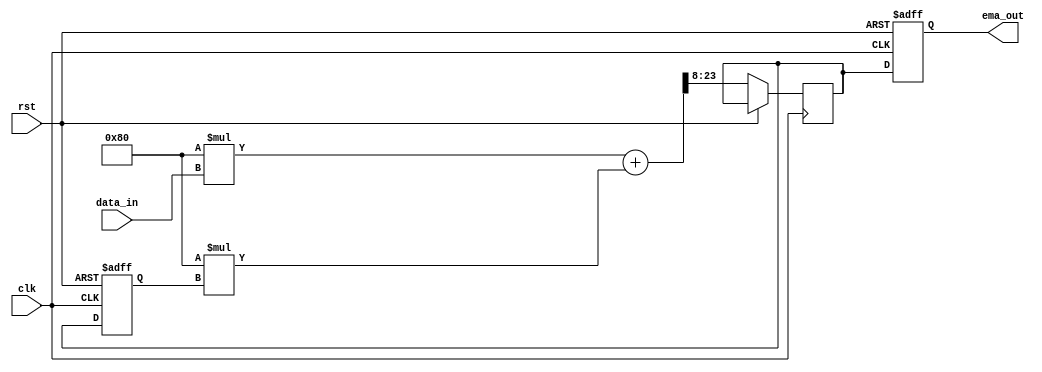
module EMA_accumulator (
  input wire clk,
  input wire rst,
  input wire [15:0] data_in,
  output reg [15:0] ema_out
);

parameter SMTH_FACTOR = 8'd128; // Smoothing factor for EMA calculation
reg [15:0] ema_temp, ema_next;

always @(posedge clk or posedge rst) begin
  if (rst) begin
    ema_temp <= 16'b0;
    ema_out <= 16'b0;
  end else begin
    ema_next <= (SMTH_FACTOR * data_in + (256 - SMTH_FACTOR) * ema_temp) >> 8;
    ema_temp <= ema_next;
    ema_out <= ema_next;
  end
end

endmodule